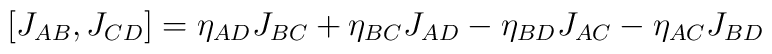
[J_{AB},J_{CD}]=\eta_{AD}J_{BC}+\eta_{BC}J_{AD}-\eta_{BD}J_{AC}-\eta_{AC}J_{BD}